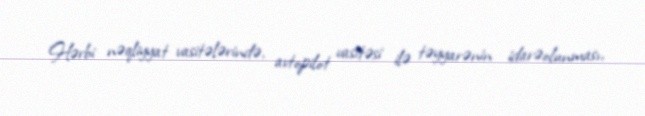
Hərbi nəqliyyat vasitələrində, avtopilot vasitəsi ilə təyyarənin idarəolunması,